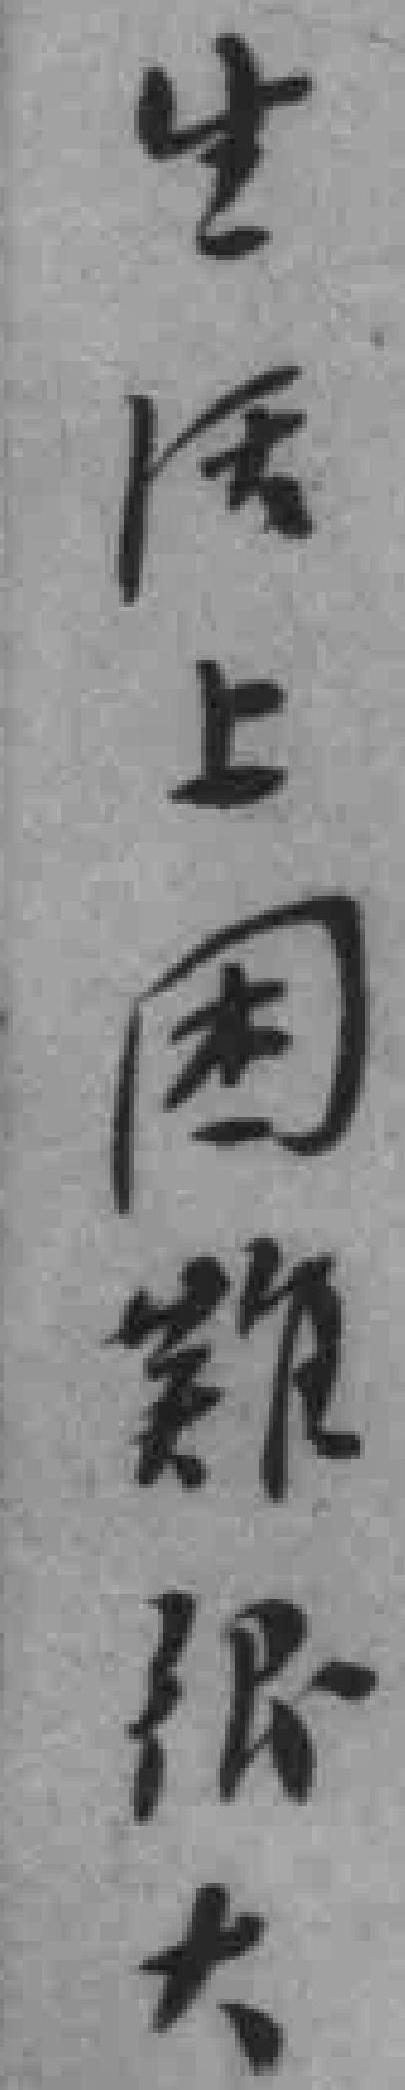
生活上困難很大